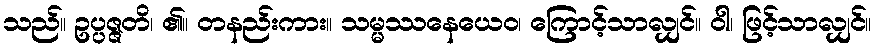
သည်။ ဥပ္ပဇ္ဇတိ၊ ၏။ တနည်းကား။ သမ္မဿနေယေဝ၊ ကြောင့်သာလျှင်။ ဝါ၊ ဖြင့်သာလျှင်။